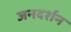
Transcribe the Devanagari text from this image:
जनदर्शन